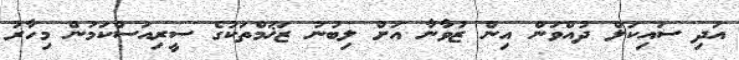
އަދި ސައިކަލް ދުއްވަން އިން ޒުވާނާ އަށް ލިބުނު ޒަޚަމްތަކުގެ ސީރިއަސްކަމުން މިހާރު